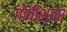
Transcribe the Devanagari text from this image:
गोपीश्वर